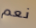
نعم